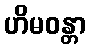
ဟိမဝန္တာ